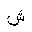
Letter: _shin